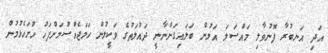
އަދި އަނބުރާ ފޮނުވާލި މައްސަލަ އަލުން ބަލައިގަންނާނީ ދައުލަތުގެ ވަކީލުން ހަމަޖެއްސުމަށްފަހު ހުށަހެޅުމުން